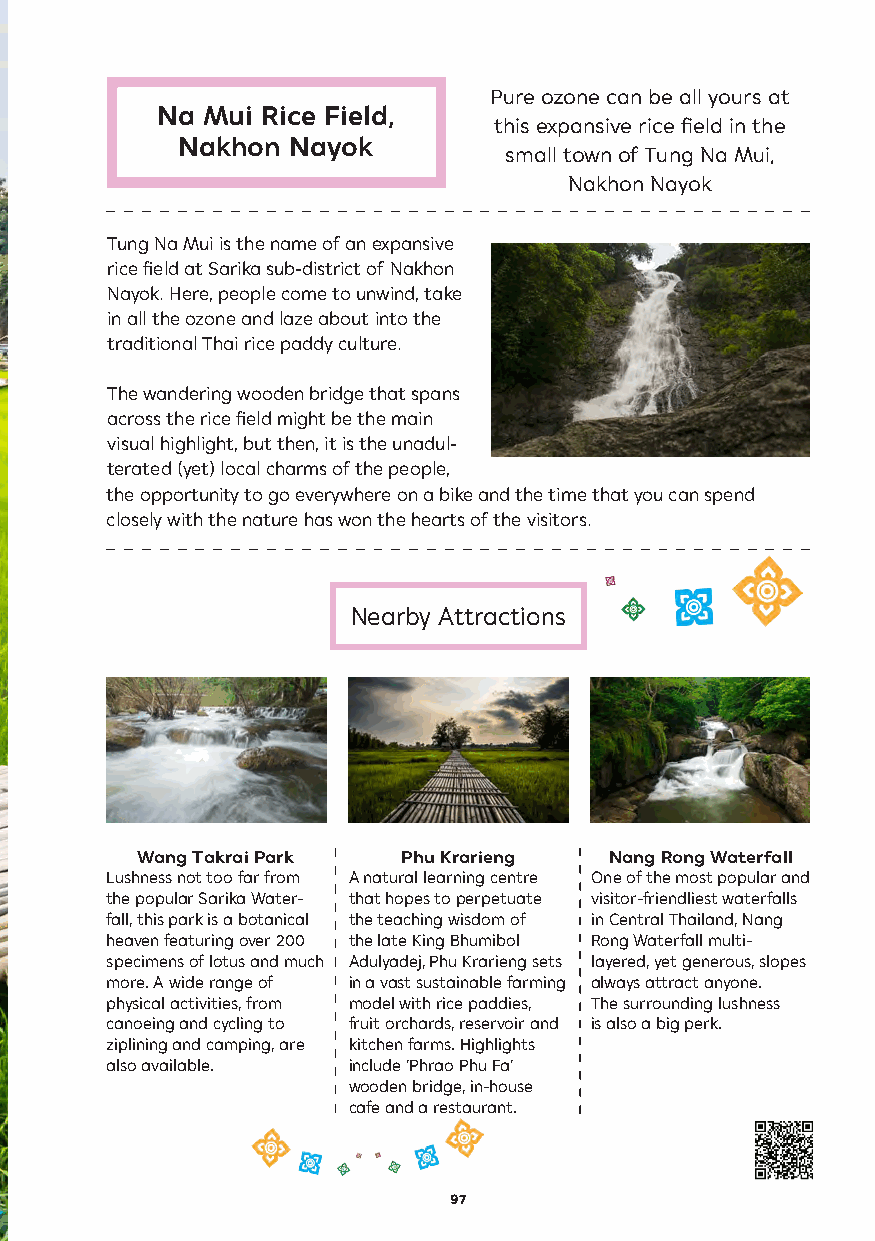
Pure ozone can be all yours at
 Na Mui Rice Field,
 this expansive rice field in the
 Nakhon Nayok
 small town of Tung Na Mui,
 Nakhon Nayok
 Tung Na Mui is the name of an expansive
 rice field at Sarika sub-district of Nakhon
 Nayok. Here, people come to unwind, take
 in all the ozone and laze about into the
 traditional Thai rice paddy culture.
 The wandering wooden bridge that spans
 across the rice field might be the main
 visual highlight, but then, it is the unadul-
 terated (yet) local charms of the people,
 the opportunity to go everywhere on a bike and the time that you can spend
 closely with the nature has won the hearts of the visitors.
 Nearby Attractions
 Wang Takrai Park  Phu Krarieng Nang Rong Waterfall
 Lushness not too far from A natural learning centre One of the most popular and
 the popular Sarika Water- that hopes to perpetuate visitor-friendliest waterfalls
 fall, this park is a botanical the teaching wisdom of in Central Thailand, Nang
 heaven featuring over 200 the late King Bhumibol Rong Waterfall multi-
 specimens of lotus and much Adulyadej, Phu Krarieng sets layered, yet generous, slopes
 more. A wide range of in a vast sustainable farming always attract anyone.
 physical activities, from model with rice paddies, The surrounding lushness
 canoeing and cycling to fruit orchards, reservoir and is also a big perk.
 ziplining and camping, are kitchen farms. Highlights
 also available. include ‘Phrao Phu Fa’
 wooden bridge, in-house
 cafe and a restaurant.
 97